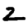
Digit: 2